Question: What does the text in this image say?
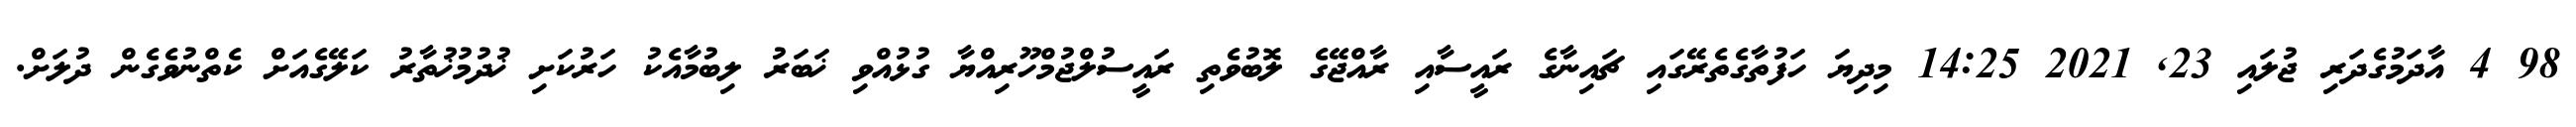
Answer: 98 4 އާދަމުގެދަރި ޖުލައި 23, 2021 14:25 މިދިޔަ ހަފުތާގެތެރޭގައި ޗައިނާގެ ރައީސާއި ރާއްޖޭގެ ލޮބުވެތި ރައީސުލްޖުމްހޫރިއްޔާ ގުޅުއްވި ޚަބަރު ލިބުމާއެކު ހަރުކަށި ޚުދުމުޚުތާރު ކަލޭގެއަށް ކެތްނުވެގެން ދުލަށް.